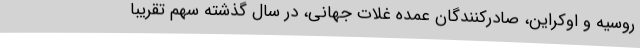
روسیه و اوکراین، صادرکنندگان عمده غلات جهانی، در سال گذشته سهم تقریباً